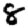
Digit: 8